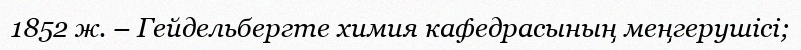
1852 ж. – Гейдельбергте химия кафедрасының меңгерушісі;